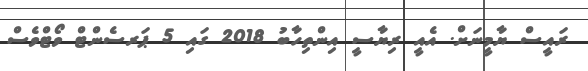
ރައީސް ޔާމީނަށް. އެއީ ރިޔާސީ އިންތިހާބު 2018 ގައި 5 ޕަރސެންޓް ވޯޓްވެސް